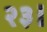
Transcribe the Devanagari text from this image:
२३।